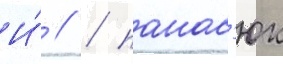
И́ // / панас'юк